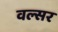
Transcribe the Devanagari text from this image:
वल्सर